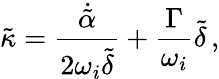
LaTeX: \tilde{\kappa}=\frac{\dot{\tilde{\alpha}}}{2\omega_{i}\tilde{\delta}}+\frac{\Gamma}{\omega_{i}}\tilde{\delta}\, ,